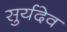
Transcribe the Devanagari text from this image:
सुर्यदेव